Vital statistics of India. Vol. VI, European troops 1870-79
Year: 1870
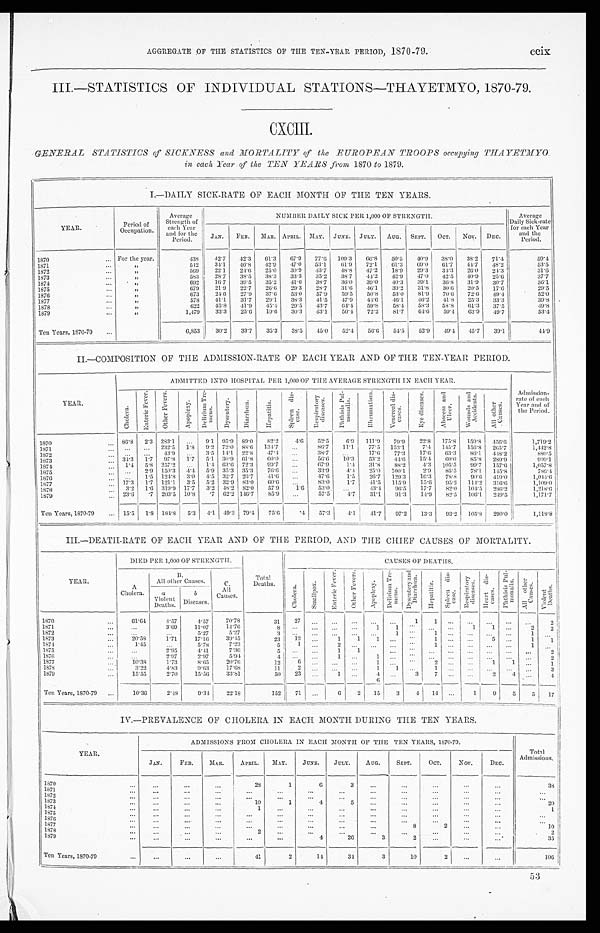
AGGI I EGATE OF THE STATI STI CS OE THE TEN- YEAR PERI OD, 1870- 79.
ccix
III.—STATISTICS OF INDIVIDUAL STATIONS—THAYETMYO, 1870-79.
CXCIII.
GENERAL STATISTICS of SICKNESS and MORTALITY of the EUROPEAN TROOPS occupying THAYETMYO
in each Year of the TEN YEARS from 1870 to 1879.
I.—DAILY SICK-RATE OF EACH MONTH OF THE TEN YEARS.
YEAR.
P e r i o d o f O c c u p a t i o n .
Average
Strength of
each Year
and for the
Period.
NUMBER DAILY SICK PER 1,000 OF STRENGTH.
Average
Daily Sick-rate
for each Year
and the
Period.
JAN.
FEB.
MAR. APRIL.
MAY.
JUNE.
JULY.
AUG.
SEPT.
OCT.
NOV. DEC.
1870
For the year.
438
42.7
42.3
61.3
6 7 . 9
77.6
109.3
6 6 . 8
50.5
40.9
38.0
38.2
71.4
59.4
1871
"
542
3 4 . 1
46.8
42.9
47.0
53.1
6 1 . 9
72.1
61.3
69.0
61.7
44.7
48.2
53.5
1872
"
569
22.1
24.6
25.0
30.9
43.7
4 8 . 8
4 7 . 2
1 8 . 9
29.3
3 4 . 3
26.0
24.3
31.6
1873
, ,
583
28.7
38.5
38.3
33.3
35.2
38.7
44:2
42-9
47.0
42.5
40.9
25.6
37.7
1874
, ,
692
16.7
39.5
35.2
41.6
38.7
36.0
39.0
40.3
39.1
36.8
31.9
30.7
36.1
1875
, ,
679
2 1 . 9
22.7
26.6
29.3
28.7
31.6
46.1
39.2
31.8
30.6
20.5
17.6
29.5
1876
"
673
2 4 . 6
2 7 . 9
37.6
53.0
57.9
59.5
50.8
53.0
81.9
70.6
72.6
49.4
52.0
1877
"
578
41.1
31.7
29.1
38.3
41.5
47.9
44.6
46.1
46.2
41.8
25,3
33.3
39.8
1878
"
622 45.8
41.9
45.4
2 9 . 5 43.7
6 4 . 4
59.8
58.4
58.3
58.8
61.3
37.5
49.8
1879
Ten Years, 1870-79
"
1 , 4 7 9
33.3
25.6
19.6
30.3
43.1
50.4
72.2
81.7
6 4 . 6
59.4
63.9
49.7
53.4
6,853
30.2
33.7
35.3
38.5
45.0
52.4
56.6
5 4 . 5
52.9
49.4
45.7
39.1
44.9
II.—COMPOSITION OF THE ADMISSION-RATE OF EACH YEAR AND OF THE TEN-YEAR PERIOD.
Y E A R .
ADMITTED INTO HOSPITAL PER 1,000 OF THE AVERAGE STRENGTH IN EACH YEAR.
A d m i s s i o n - r a t e o f e a c h Y e a r a n d o f t h e P e r i o d .
C h o l e r a .
E n t e r i c F e v e r .
O t h e r F e v e r s .
A p o p l e x y .
D e l i r i u m T r e - m e n s .
D y s e n t e r y .
D i a r r h œ a .
H e p a t i t i s .
S p l e e n d i s - e a s e s .
R e s p i r a t o r y d i s e a s e s .
P h t h i s i s P u l - m o n a l i s .
R h e u m a t i s m .
V e n e r e a l d i s - e a s e s .
E y e d i s e a s e s .
A b s e e s s a n d U l c e r .
W o u n d s a n d A c c i d e n t s .
A l l o t h e r C a s e a .
1870
86.8
2 . 3 283.1
. . .
9.1
95.9 89.0
82.2
4.6
52.5
6.9
111.9
79.9
22.8
175 .8
159.8
456.6
1,719.2
1871
. . .
. . . 232.5
1.8
9.2 72.0 88.6 134.7
. . .
86.7
11.1
77.5
153.1
7 . 4 145.7
156.8
265.7
1,442.8
1 8 7 2
. . .
. . . 43.9
. . .
3.5 1 4.1 22.8
47.4
. . .
38.7
. . .
17.6
77.3
17.6
63.3
86.1
448.2
880.5
1873
34.3
1.7
97.8
1.7
5.1 30 .9 61.8
60.0
...
56.6
10.3
53.2
44.6
15.4
60.0
85.8
289.9 I
999.1
1874
1.4
5.8 257.2
...
1.4 63.6 72.3
99.7
...
67.9
1.4
31.8
88.2
4.3
105.5
99.7
157.6
1,057.8
1875
. . .
2.9 150.3
4 . 4 5.9 35.3 35.3
7 6 . 6
. . .
33.9
4 . 4 25.0
1.00.1
2 . 9
85.5
78.1
145.8
786.4
1876
. . .
1.5 124.8
3 . 0
4.5 32.7 26.7
41.6
. . .
47.6
1.5
26.7
129.3
16.3
78.8
9 0 . 6 419.0
1,044.6
1877
17.3
1.7 121.1
3,5
5.2 32.9 83.0
60.6
. . .
83.0
1.7
41.5
115.9
15.6
95.2
114.2
316.6
1 . 1 0 9 . 0
1878
3.2
1 . 6 319.9 17.7
3.2 48.2 82.0
57.9
1 . 6
53.0
. . .
43.4
96.5
17.7
8 2 . 0
104.5
286.2
1 ,218.6
187 9
Ten Years, 1870-79
23.6
. 7 203.5
10.8
.7 62.2 146.7
8 5 . 9
. . .
57.5
4.7
31.1
91.3
14.9
82.5
106.1
249.5
1,171.7
15.5
1.8 184.8
5 . 3 4.1 49.3 79.4
75.6
. 4
5 7 . 3
4.1
41.7
97.2
13.3
93.2
105.8
290.0
1,118.8
III.—DEATH-RATE OF EACH YEAR AND OF THE PERIOD, AND THE CHIEF CAUSES OF MORTALITY.
YEAR.
DIED PER 1,000 OF STRENGTH.
Tot al
Deaths.
CAUSES OF DAETHS.
A
Cholera.
B .
All other Causes.
C . A l l C a u s e s .
C h o l e r a .
S m a l l p o x .
E n t e r i c F e v e r .
O t h e r F e v e r s .
A p o p l e x y .
D e l i r i u m T r e - m e n s
D y s e n t e r y a n d D i a r r h œ a .
H e p a t i t i s .
S p l e e n d i s - e a s e s .
R e s p i r a t o r y d i s e a s e s .
H e a r t d i s - e a s e s .
P h t h i s i s P u l - m o n a l i s .
A l l o t h e r C a u s e s .
V i o l e n t D e a t h s .
a
Violent
D e a t h s .
b
D i s e a s e s .
1 8 7 0
61.64
4.57
4.57
70.78
3 1
2 7
...
... ...
1
1 ...
. . .
. . .
. . .
. . .
2
1 8 7 1
. . .
3.69
11.07
14,76
8
. . .
. . .
. . .
. . .
1 1
. . .
...
...
1
1
. . . ...
2
2
1 8 7 2
. . .
. . .
5.27
5.27
3
. . .
. . .
. . .
...
. . .
1
. . . 1 ...
. . .
. . .
. . .
1
. . .
1873
20.58
1.71
17.16
39.45
2 3 12
. . .
1
1
1 ...
. . . 1 ...
. . .
5
. . .
1
1
1874
1 . 4 5
. . .
5.78
7.23
5
1
. . .
2
. . .
. . .
...
. . . 1 ...
. . .
. . .
. . .
1
. . .
1 8 7 5
. . .
2.95
4 . 4 1
7.36
5
. . .
. . .
1
1
1
. . .
. . . ...
...
. . .
. . .
. . .
. . .
2
1 8 7 6
...
2.97
2.97
5.94
4
. . .
. . .
1
...
1 ...
. . . ... ...
. . . ...
. . .
. . .
2
1877
10.38
1.73
8 . 6 5
20.76
1 2
6
. . .
. . .
. . .
1 ...
. . . 2 ...
. . .
1
1
. . .
1
1 8 7 8
3 . 2 2
4 .8 3
9.63
17.68
1 1
2
. . .
. . .
...
4 1
. . . 1 ...
. . .
. . .
. . .
. . .
3
1879
Ten Years, 1870-79
15.55
2.70
15.56
33.81
50
23
. . .
1
...
6 ...
3
7 ...
. . .
2
4
. . .
4
10.36
2.48
9.34
22.18
152
71
. . .
6
2
15
3
4
14
...
1
9
5
5
17
IV.—PREVALENCE OF CHOLERA IN EACH MONTH DURING THE TEN YEARS.
YEAR.
ADMISSIONS FROM CHOLERA IN EACH MONTH OF THE TEN YEARS, 1870-79.
Total
Admissions.
JAN.
FEB.
M A R . .
APRIL.
MAY.
JUNE.
JULY.
AUG.
SEPT.
OCT.
Nov.
DEC.
1870
...
...
...
28
1
6
3
...
...
...
...
...
38
1871
. . .
. . .
...
. . .
. . .
. . .
...
...
. . .
. . .
...
...
. . .
1872
. . .
. . .
. . .
. . .
. . .
. . .
. . .
...
...
. . .
1 8 7 3
. . .
. . .
. . .
10
1
4
5
. . .
. . .
. . .
...
...
2 0
1874
...
. . .
. . .
1
...
...
...
...
. . .
...
...
...
1
1 8 7 5
. . .
. . .
. . .
. . .
. . .
. . .
. . .
. . .
. . .
. . .
...
...
. . .
1 8 7 6
. . .
. . .
. . .
. . .
. . .
. . .
. . .
. . .
. . .
...
...
. . .
1877
...
. . .
...
...
. . .
...
...
...
8
. . .
...
10
1 8 7 8
. . .
. . .
. . .
2
. . .
. . .
...
. . .
. . .
. . .
...
...
2
1 8 7 9
T e n Ye a r s , 1 8 7 0 - 7 9
...
. . .
...
. ..
...
4
26
3
2
. . .
... -
35
...
...
...
41
2
1 4
34
3
10
2
. ..
...
106
53